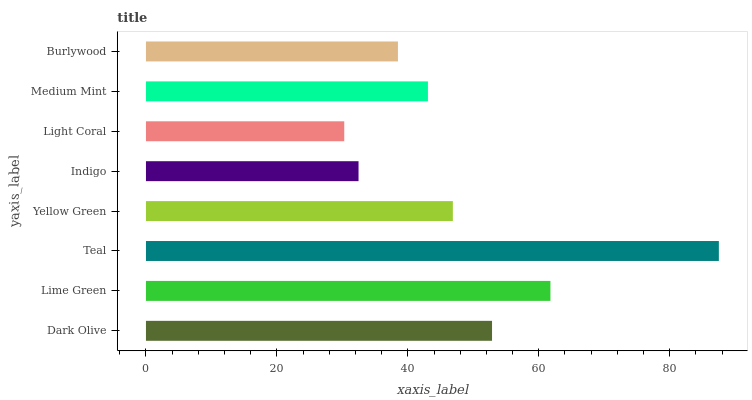
| yaxis_label | bars |
 | --- | --- |
 | Dark Olive | 52.9 |
 | Lime Green | 61.8 |
 | Teal | 87.5 |
 | Yellow Green | 46.9 |
 | Indigo | 32.5 |
 | Light Coral | 30.3 |
 | Medium Mint | 43.1 |
 | Burlywood | 38.5 |